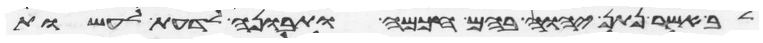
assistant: לב אשר נתן יהוה בהם חכמה ותבונה לדעת לעשות